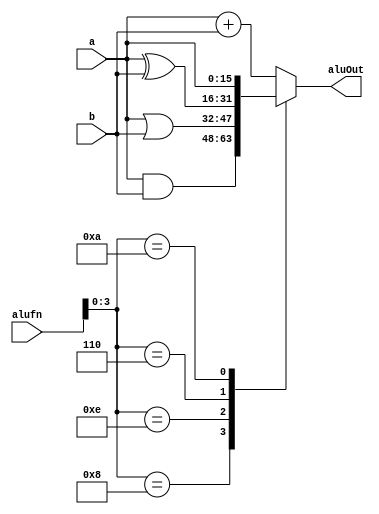
/*
   This file was generated automatically by the Mojo IDE version B1.3.6.
   Do not edit this file directly. Instead edit the original Lucid source.
   This is a temporary file and any changes made to it will be destroyed.
*/

module boolean_54 (
    input [15:0] a,
    input [15:0] b,
    input [5:0] alufn,
    output reg [15:0] aluOut
  );
  
  
  
  always @* begin
    aluOut = 16'h0000;
    
    case (alufn[0+3-:4])
      4'h8: begin
        aluOut = a & b;
      end
      4'he: begin
        aluOut = a | b;
      end
      4'h6: begin
        aluOut = a ^ b;
      end
      4'ha: begin
        aluOut = a;
      end
      default: begin
        aluOut = a + b;
      end
    endcase
  end
endmodule